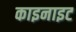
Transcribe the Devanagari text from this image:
काइनाइट